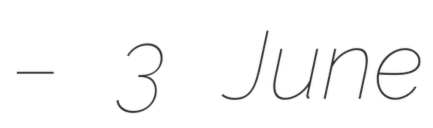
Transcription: – 3 June